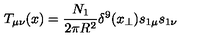
T _ { \mu \nu } ( x ) = { \frac { N _ { 1 } } { 2 \pi R ^ { 2 } } } \delta ^ { 9 } ( x _ { \perp } ) s _ { 1 \mu } s _ { 1 \nu }